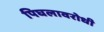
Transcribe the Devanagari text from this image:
पिघलावरोधी